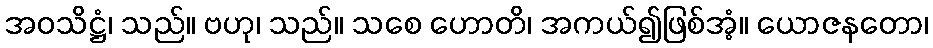
အဝသိဋ္ဌံ၊ သည်။ ဗဟု၊ သည်။ သစေ ဟောတိ၊ အကယ်၍ဖြစ်အံ့။ ယောဇနတော၊